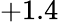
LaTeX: +1.4